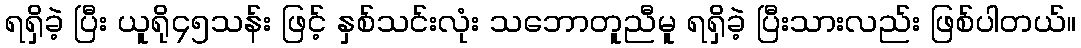
ရရှိခဲ့ ပြီး ယူရို၄၅သန်း ဖြင့် နှစ်သင်းလုံး သဘောတူညီမူ ရရှိခဲ့ ပြီးသားလည်း ဖြစ်ပါတယ်။